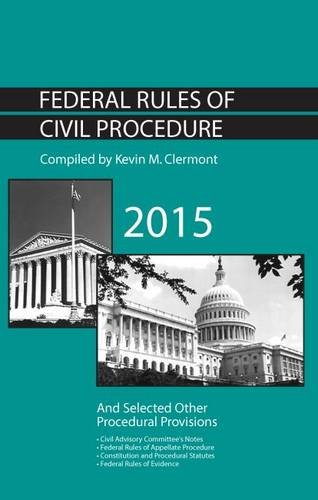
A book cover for Federal Rules of Civil Procedure and Selected Other Procedural Provisions (Selected Statutes); Kevin Clermont; Law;